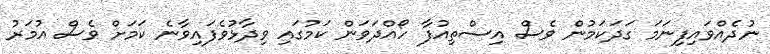
ނުދެއްވައިފިނަމަ ގަދަކަމުން ވެސް އިސްތިއުފާ ހޯއްދަވަން ކަމުގައި ވިދާޅުވެފައިވާނެ ކަމަށް ވެސް އުމަރު